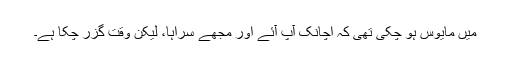
میں مایوس ہو چکی تھی کہ اچانک آپ آئے اور مجھے سراہا، لیکن وقت گزر چکا ہے۔